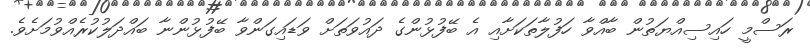
ރަސްމީ ހައިސިއްޔަތުން ބާއްވާ ހަފުލާތަކަށާއި އެ ބޭފުޅުންގެ ދައުވަތަށް ވަޑައިގަންވާ ބޭފުޅުންނާ ބައްދަލުކުރެއްވުމަށެވެ.